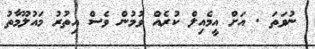
ނުވަތަ . އަށް އީމެއިލް ކުރެއް ވުމުން ވެސް އިތުރު މައުލޫމާތު